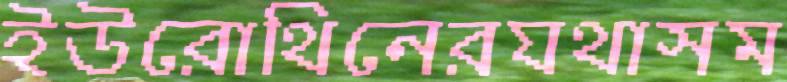
ইউরোথিনেরযথাসম